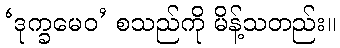
‘ဒုက္ခမေဝ’ စသည်ကို မိန့်သတည်း။